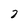
Character: 2